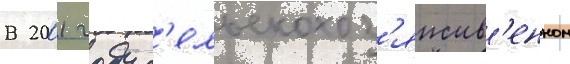
В 2001 году с'ельскохоз'яиств'енном